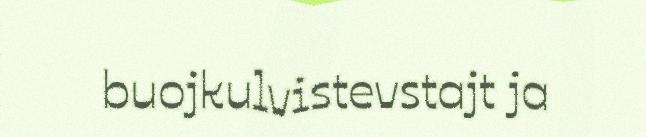
buojkulvistevstajt ja